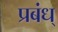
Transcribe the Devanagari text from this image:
प्रबंध्